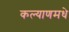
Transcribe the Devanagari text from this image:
कल्याणमधे